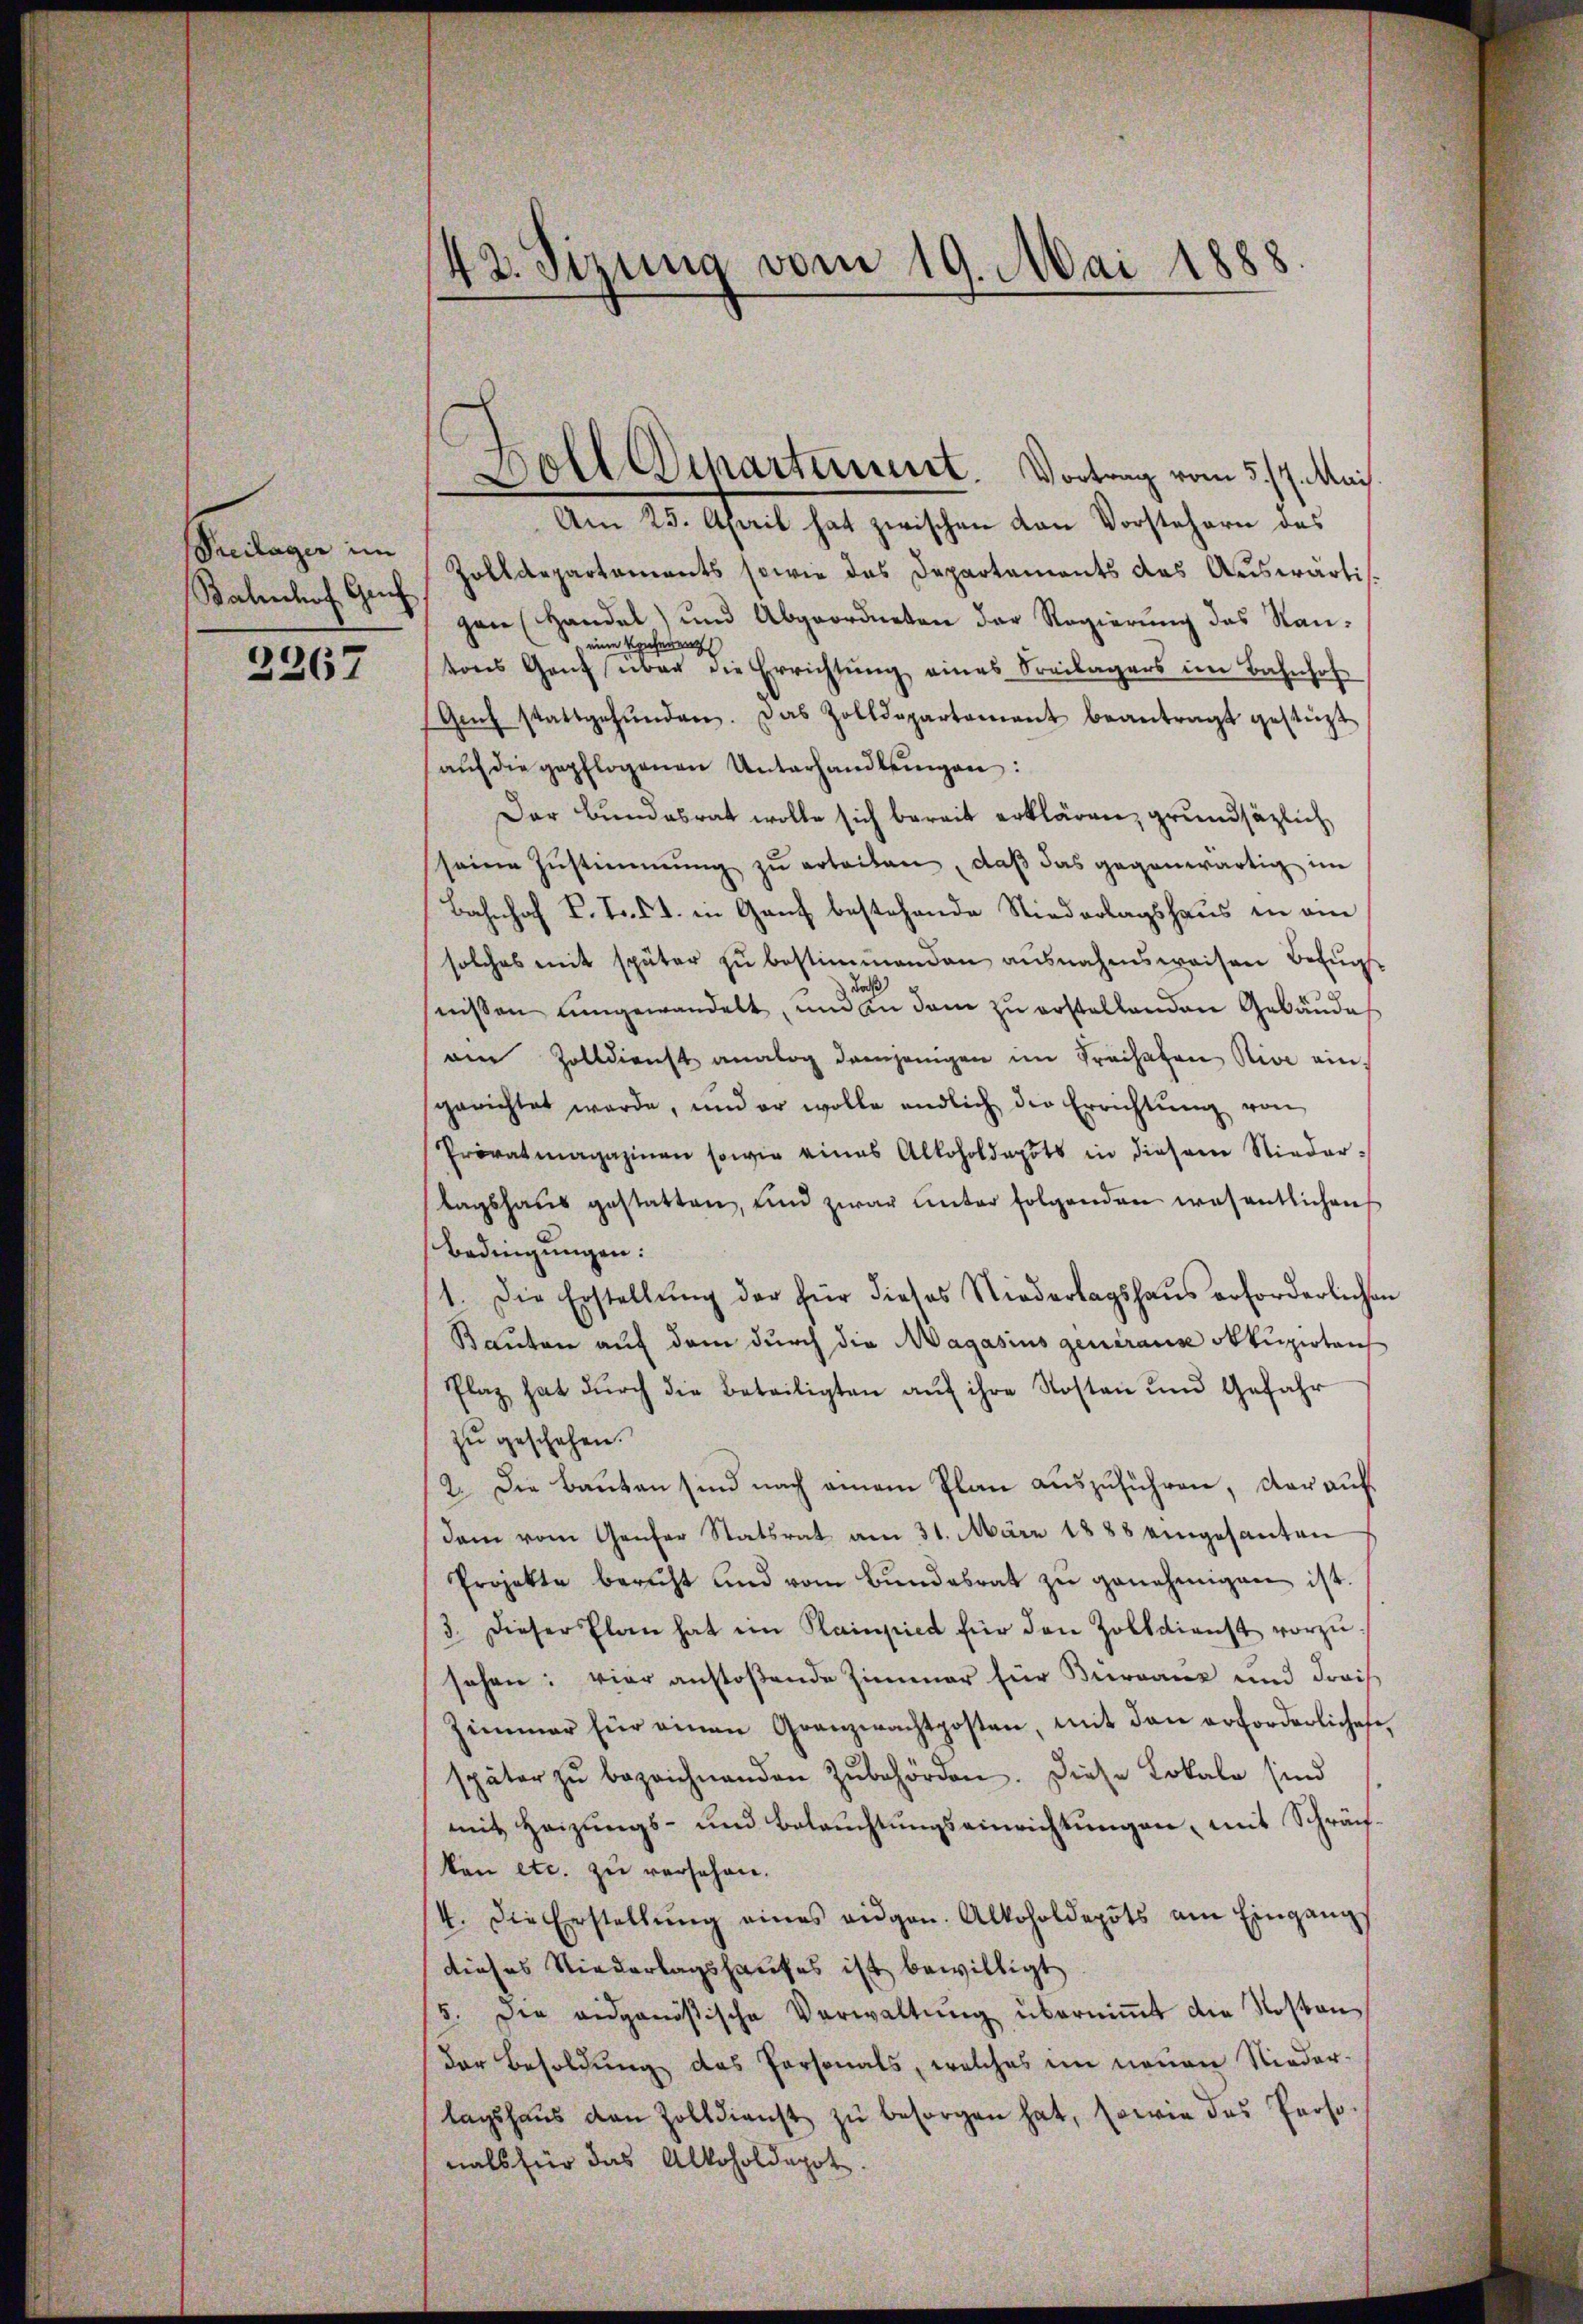
Preilager im
Bahnhof Gruf

2267

43. Sizung vom 19. Mai 1888

Doll Departinuert. Vortrag vom 5. 17. Mais.

Am 23. April hat zwischen Kan Vorstehern des
Zolldepartaments sowie das Departements das Auswärti
gen (Handel) und Abgeordneten der Regierŭng das Stan-
eine Vorherrenz
tons Ganz über die Errichtung eines Freilagers im Bahnhof
Genf stattgefŭnden. Das Zolldepartement beantragt gestüzt
aŭf die gepflogenen Unterhandlungen:
Der Bundesrat wolle sich bereit erklären, grundsätzlich
seine Zustimmung zu erteilen, daß das gegenwärtig im
Bahnhof T. T. ds. in Ganz bestehende Niederlagshaus in am
solches mit später zu bestimmenden ausnahmsweisen Befug
daß
nissen umgewandelt, und an dem zu erstellenden Gebäudes
am Zolldienst analog demjenigen im Freihafen Nive ein,
gerichtet werde, und er wolle endlich die Errichtŭng von
Provatmagazinen sowie eines Alkoholdepots in diesem Niedertagshaŭs gestatten, und zwar ŭnter folgenden wesentlichen
Bedingungen:
1. Die Erstellŭng der für dieses Niederlagshaus erforderlichen
Bauten auf dem durch die Magasius generanz okkupirten
Plaz hat durch die Beteiligten auf ihre Kosten und Gefahr
zu geschehen.
2. Die Bauten sind nach einem Plan auszuführen, darauf
dam vom Genfer Statsrat am 31. März 1888 eingesanten
Projekte bericht und vom Bŭndesrat zŭ genehmigen ist.
3. Dieser Plan hat ein Rainpiet für den Zolldienst vorzŭ-
sehen: vier anstoßende Zimmer für Burranz und drais
Zimmer für einen Granzwachtposten, mit den erforderlichese
später zŭ bezeichnenden Zubehörden. Diese Lokale sind
mit Heizungs- und Beleŭchtŭngseinrichtungen, mit Schräch
kon etc. zu versehen.
4. Die Erstellŭng eines eidgen. Alkoholdepots am Eingangs
dieses Niederlagshauses ist bewilligt
5. Die eidgenößische Verwaltŭng überniṁt die Roston
der Besoldung des Personals, welches im neuen Niederlagshaŭs den Zolldienst zŭ besorgen hat, sowie das Proso-
nals für das Alkoholdapot